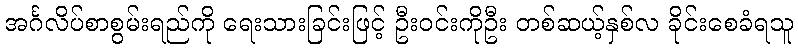
အင်္ဂလိပ်စာစွမ်းရည်ကို ရေးသားခြင်းဖြင့် ဦးဝင်းကိုဦး တစ်ဆယ့်နှစ်လ ခိုင်းစေခံရသူ